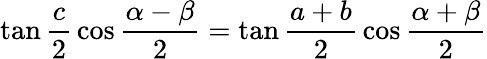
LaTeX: \tan{\frac{c}{2}}\cos{\frac{\alpha-\beta}{2}}=\tan{\frac{a+b}{2}}\cos{\frac{\alpha+\beta}{2}}